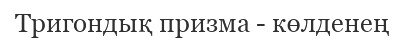
Тригондық призма - көлденең